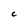
Character: C